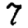
Digit: 7